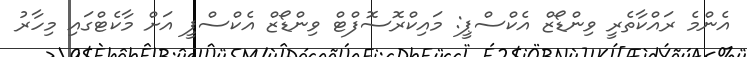
އެންމެ ރައްކާތެރީ ވިންޑޯޒް އެކްސްޕީ: މައިކްރޮސޮފްޓް ވިންޑޯޒް އެކްސްޕީ އަށް މާކެޓްގައި މިހާރު